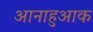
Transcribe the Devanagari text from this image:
आनाहुआक